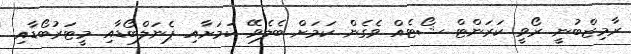
ރާމިޒްބުނީ ރޯވީ ކަރަންޓް ޝޯޓެއް ވެގެން ކަމަށް ބެލެވޭ ކަމަށާއި ޕެނަލްބޯޑާއި މީޓަރުބޯޑާއި